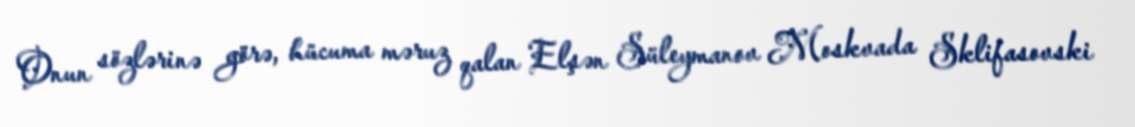
Onun sözlərinə görə, hücuma məruz qalan Elşən Süleymanov Moskvada Sklifasovski